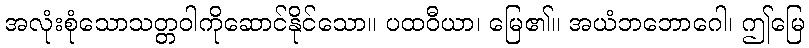
အလုံးစုံသောသတ္တဝါကိုဆောင်နိုင်သော။ ပထဝီယာ၊ မြေ၏။ အယံဘဘောဂေါ၊ ဤမြေ